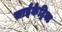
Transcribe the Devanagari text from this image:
साईकेट्रिक्ट